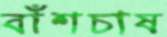
বাঁশচাষ